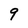
Character: 9